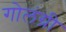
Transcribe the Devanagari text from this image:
गोलंग्री